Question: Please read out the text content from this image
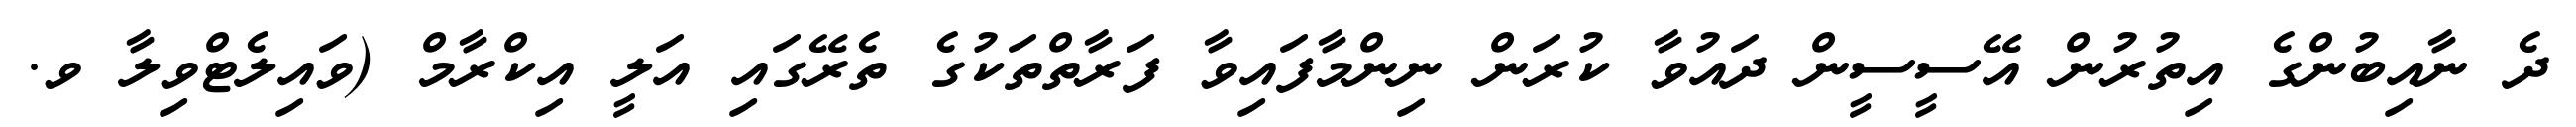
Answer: ދެ ނާއިބުންގެ އިތުރުން އޭސީސީން ދައުވާ ކުރަން ނިންމާފައިވާ ފަރާތްތަކުގެ ތެރޭގައި އަލީ އިކްރާމް (ވައިލެޓްވިލާ ވ.